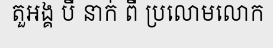
តួអង្គ បី នាក់ ពី ប្រលោមលោក